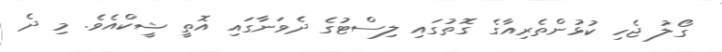
ގޯލު ޖެހި ކުޅުންތެރިއާގެ ގޮތުގައި ލިސްޓުގެ ދެވަނާގައި އޮތީ ޝީކްއެވެ. މި ދެ